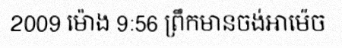
2009 ម៉ោង 9:56 ព្រឹកមានចង់អាម៉េច